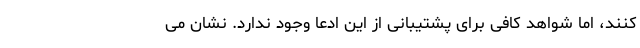
کنند، اما شواهد کافی برای پشتیبانی از این ادعا وجود ندارد. نشان می